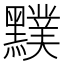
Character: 𪒢